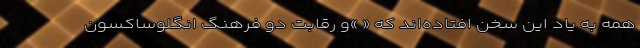
همه به یاد این سخن افتاده‌اند که « ‌»و رقابت دو فرهنگ انگلوساکسون